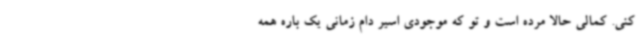
کنی. کمالی حالا مرده است و تو که موجودی اسیر دام زمانی یک باره همه